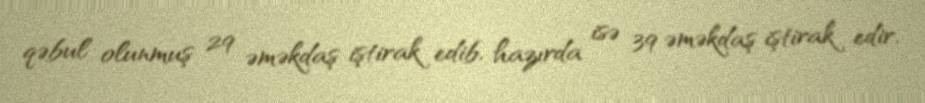
qəbul olunmuş 29 əməkdaş iştirak edib, hazırda isə 39 əməkdaş iştirak edir.